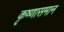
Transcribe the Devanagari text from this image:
कृष्णासमान